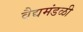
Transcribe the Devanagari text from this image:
वैद्यमंडळी